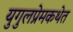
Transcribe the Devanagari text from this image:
युगुलप्रेमकथेत